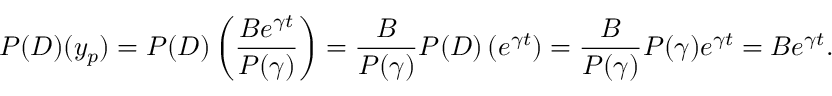
P ( D ) ( y _ { p } ) = P ( D ) \left( { \frac { B e ^ { \gamma t } } { P ( \gamma ) } } \right) = { \frac { B } { P ( \gamma ) } } P ( D ) \left( e ^ { \gamma t } \right) = { \frac { B } { P ( \gamma ) } } P ( \gamma ) e ^ { \gamma t } = B e ^ { \gamma t } .